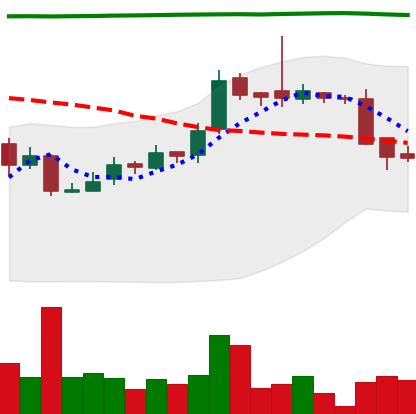
Ticker: LTC-USD
Chart end date: 2016-09-13
Forward return: 5.801%
Label: up_5_7